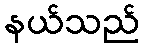
နယ်သည်